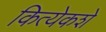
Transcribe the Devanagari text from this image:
कित्येकशे